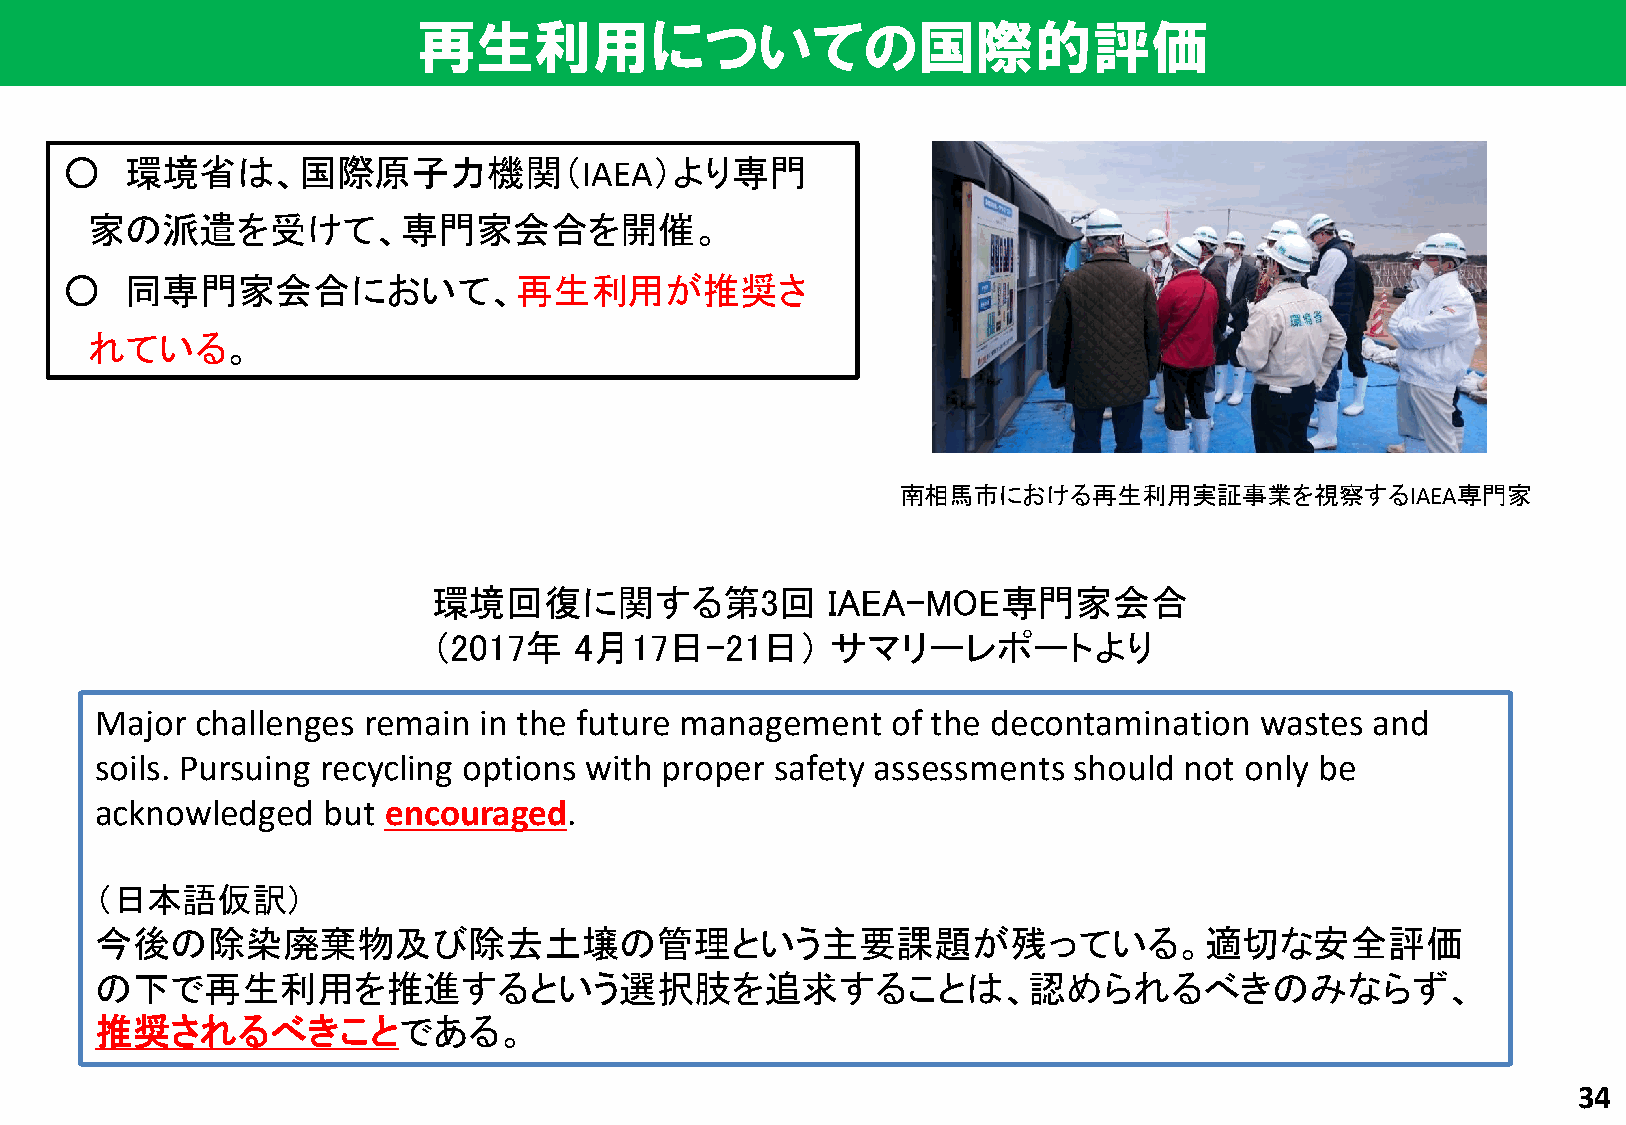
再生利用についての国際的評価
 ○   環境省は、国際原子力機関（IAEA）より専門
 家の派遣を受けて、専門家会合を開催。
 ○   同専門家会合において、再生利用が推奨さ
 れている。
 南相馬市における再生利用実証事業を視察するIAEA専門家
 環境回復に関する第3回               IAEA-MOE専門家会合
 （2017年   4月17日–21日）       サマリーレポートより
 Major  challenges remain  in the future management   of the decontamination  wastes  and
 soils. Pursuing recycling options with proper safety assessments should not only be
 acknowledged   but encouraged.
 （日本語仮訳）
 今後の除染廃棄物及び除去土壌の管理という主要課題が残っている。適切な安全評価
 の下で再生利用を推進するという選択肢を追求することは、認められるべきのみならず、
 推奨されるべきことである。
 34